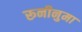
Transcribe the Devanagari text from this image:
रूनीनुमा